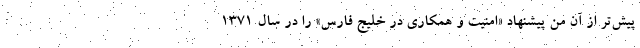
پيش‌تر از آن من پيشنهاد «امنيت و همكاري در خليج فارس» را در سال 1371